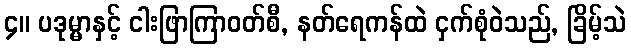
၄။ ပဒုမ္မာနှင့် ငါးဖြာကြာဝတ်စီ, နတ်ရေကန်ထဲ ငှက်စုံဝဲသည်, ခြိမ့်သဲ